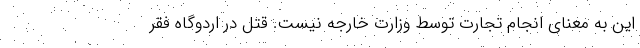
این به معنای انجام تجارت توسط وزارت خارجه نیست. قتل در اردوگاه فقر